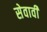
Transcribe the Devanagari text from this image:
सेवावीं